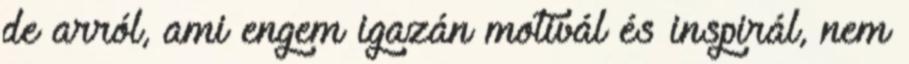
de arról, ami engem igazán motivál és inspirál, nem